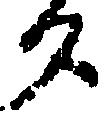
勺